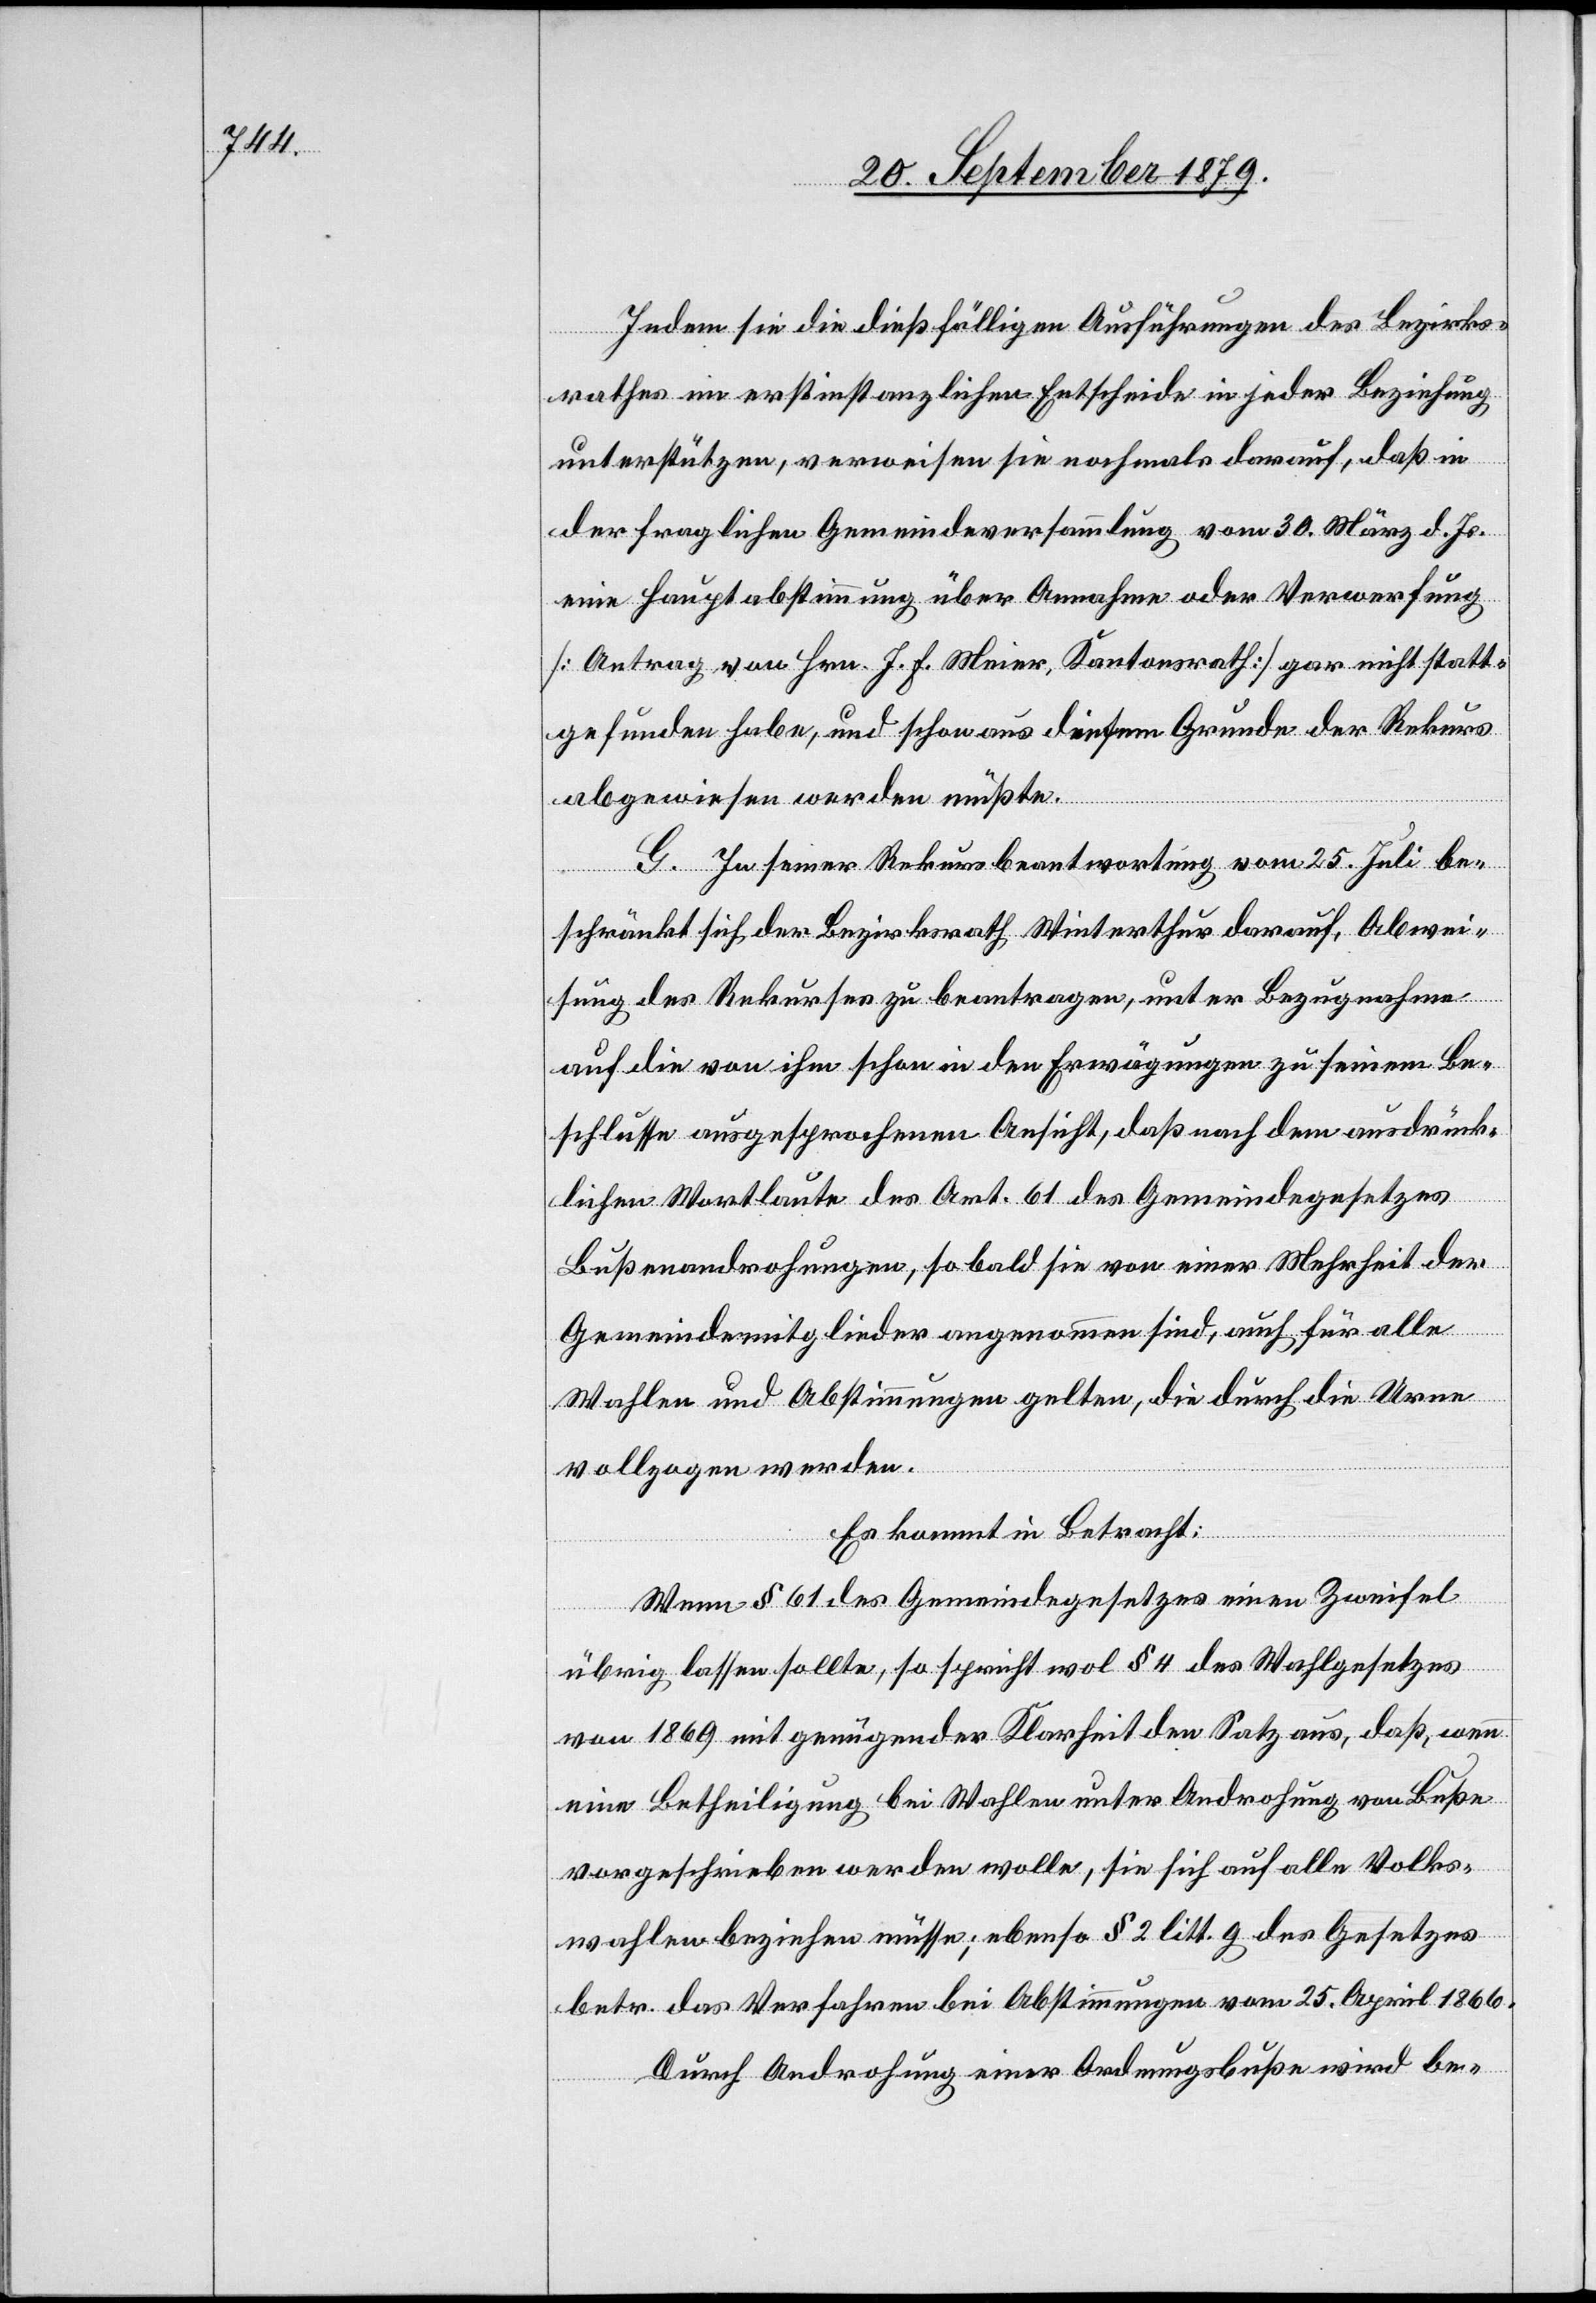
Indem sie die dießfälligen Ausführungen des Bezirks¬
rathes im erstinstanzlichen Entscheide in jeder Beziehung
unterstützen, verweisen sie nochmals darauf, daß in
der fraglichen Gemeindeversammlung vom 30. März d. Js.
eine Hauptabstimmung über Annahme oder Verwerfung
[Antrag von Hrn. H. F. Meier, Kantonsrath] gar nicht statt¬
gefunden habe, und schon aus diesem Grunde der Rekurs
abgewiesen werden müßte.
G. In seiner Rekursbeantwortung vom 25. Juli be¬
schränkt sich der Bezirksrath Winterthur darauf, Abwei¬
sung des Rekurses zu beantragen, unter Bezugnahme
auf die von ihm schon in den Erwägungen zu seinem Be¬
schlusse ausgesprochenen Ansicht, daß nach dem ausdrück¬
lichen Wortlaute des Art. 61 des Gemeindegesetzes
Bußenandrohungen, sobald sie von einer Mehrheit der
Gemeindemitglieder angenommen sind, auch für alle
Wahlen und Abstimmungen gelten, die durch die Urne
vollzogen werde.
Es kommt in Betracht:
Wenn § 62 des Gemeindegesetzes einen Zweifel
übrig lassen sollte, so spricht wol § 4 des Wahlgesetzes
von 1869 mit genügender Klarheit den Satz aus, daß, wenn
eine Betheiligung bei Wahlen unter Androhung von Buße
vorgeschrieben werden wolle, sie sich auf alle Volks¬
wahlen beziehen müsse; ebenso § 2 litt. g des Gesetzes
betr. das Verfahren bei Abstimmungen vom 25. April 1866.
Durch Androhung einer Ordnungsbuße wird be-